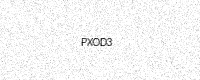
Text: PXOD3